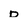
Character: d